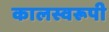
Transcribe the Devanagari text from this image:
कालस्वरूपी